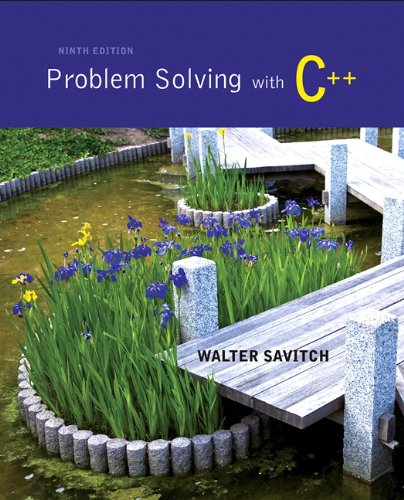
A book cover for Problem Solving with C++ (9th Edition); Walter Savitch; Computers & Technology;